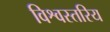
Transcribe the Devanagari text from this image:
विश्वस्तरिय